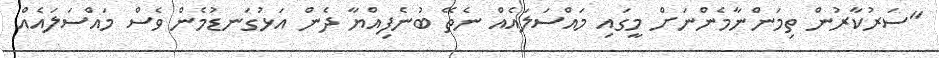
"ސަރުކާރުން ތިމަންނާމެންނަށް މީގައި މައްސަލައެއް ނެތޭ ބުނެފިއްޔާ ދެން އަޅުގަނޑުމެން ވެސް މައްސަލައެއް